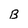
Character: B